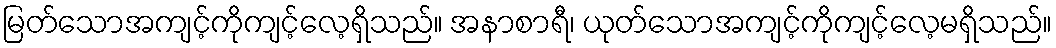
မြတ်သောအကျင့်ကိုကျင့်လေ့ရှိသည်။ အနာစာရီ၊ ယုတ်သောအကျင့်ကိုကျင့်လေ့မရှိသည်။